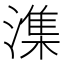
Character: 潗